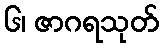
၆၊ ဇာဂရသုတ်